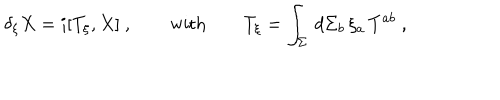
\delta _ { \xi } X = i [ T _ { \xi } , X ] \ , \qquad \mathrm { w i t h } \qquad T _ { \xi } = \int _ { \Sigma } \, d \Sigma _ { b } \, \xi _ { a } \, T ^ { a b } \ ,